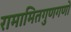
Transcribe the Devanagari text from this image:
रामामितगुणगणो